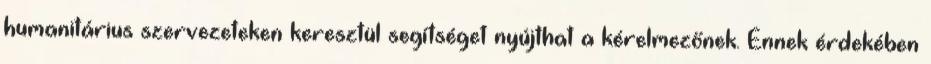
humanitárius szervezeteken keresztül segítséget nyújthat a kérelmezőnek. Ennek érdekében